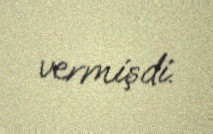
vermişdi.